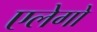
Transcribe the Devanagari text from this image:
एलेगो